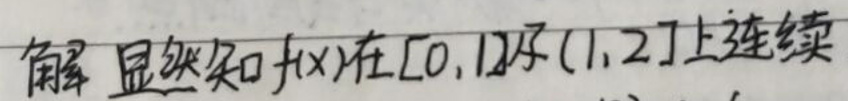
解：显然知 \(f(x)\) 在 \([0,1]\cup(1,2]\) 上连续